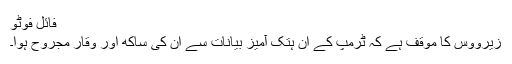
فائل فوٹو
زیرووس کا موقف ہے کہ ٹرمپ کے ان ہتک آمیز بیانات سے ان کی ساکھ اور وقار مجروح ہوا۔